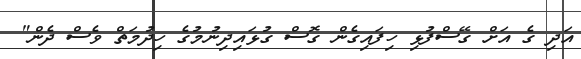
އަދި ގެ އަށް ގޭސްފުޅި ހިފައިގެން ގޮސް ގުޅައިދިނުމުގެ ހިދުމަތް ވެސް ދެން"